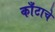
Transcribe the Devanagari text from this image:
काँटाचे